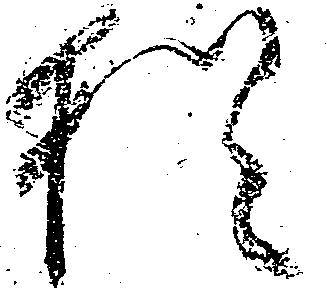
猶